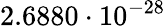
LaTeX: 2.6880\cdot 10^{-28}